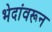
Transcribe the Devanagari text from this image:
भेदांवरून